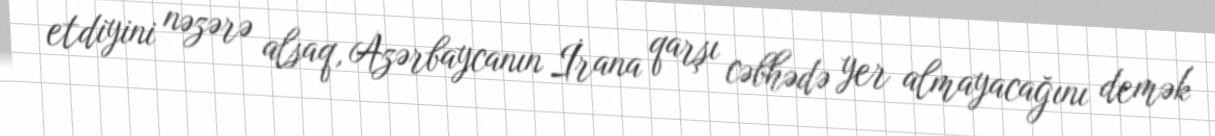
etdiyini nəzərə alsaq, Azərbaycanın İrana qarşı cəbhədə yer almayacağını demək